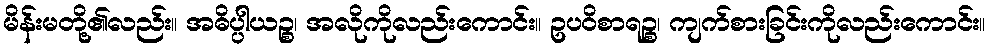
မိန်းမတို့၏လည်း။ အဓိပ္ပါယဉ္စ၊ အလိုကိုလည်းကောင်း။ ဥပဝိစာရဉ္စ၊ ကျက်စားခြင်းကိုလည်းကောင်း။